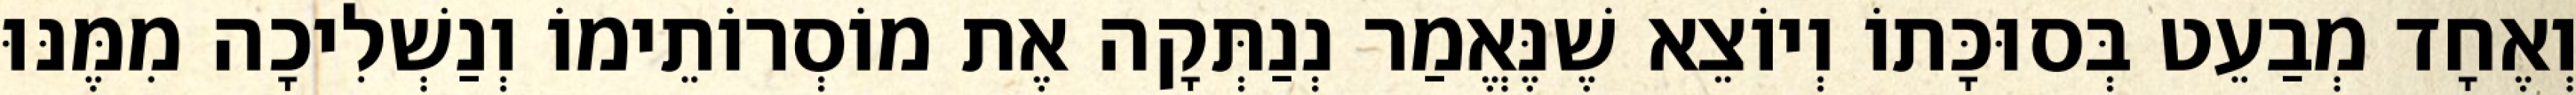
וְאֶחָד מְבַעֵט בְּסוּכָּתוֹ וְיוֹצֵא שֶׁנֶּאֱמַר נְנַתְּקָה אֶת מוֹסְרוֹתֵימוֹ וְנַשְׁלִיכָה מִמֶּנּוּ